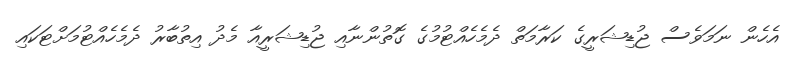
އެހެން ނަމަވެސް ޖުޑިޝަރީގެ ކަރާމަތް ދެމެހެއްޓުމުގެ ގޮތުންނާއި ޖުޑިޝަރީއާ މެދު އިތުބާރު ދެމެހެއްޓުމަށްޓަކައި